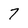
Character: 7